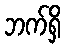
ဘက်ရှိ